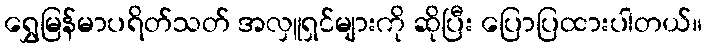
ရွှေမြန်မာပရိတ်သတ် အလှူရှင်များကို ဆိုပြီး ပြောပြထားပါတယ်။